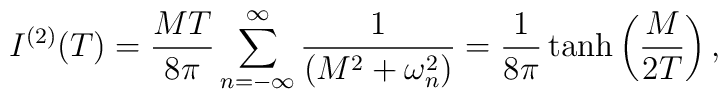
I^{(2)}(T) = {MT\over 8\pi}\sum_{n=-\infty}^{\infty}{1\over\left(M^2+\omega_n^2\right)}={1\over 8\pi} \tanh\left({M\over 2T}\right),